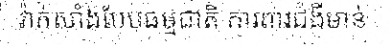
វ៉ាក់សាំងបែបធម្មជាតិ ការពារជំងឺមាន់